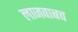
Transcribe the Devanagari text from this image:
लाजवाबच